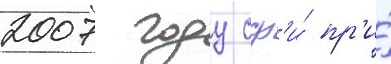
2007 году сф'и́ пр'и́